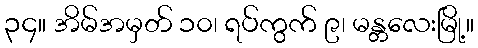
၃၄။ အိမ်အမှတ် ၁၀၊ ရပ်ကွက် ၉၊ မန္တလေးမြို့။